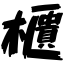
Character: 櫃